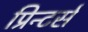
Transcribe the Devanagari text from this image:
प्रिन्टर्स